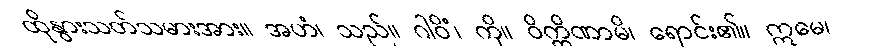
ထိုနွားသတ်သမားအား။ အဟံ၊ သည်။ ဂါဝိံ၊ ကို။ ဝိက္ကိဏာမိ၊ ရောင်း၏။ ဣမေ၊